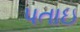
પતાઇ